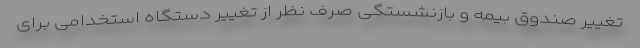
تغییر صندوق بیمه و بازنشستگی صرف نظر از تغییر دستگاه استخدامی برای